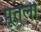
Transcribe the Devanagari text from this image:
पूतली